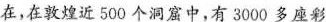
在，在敦煌近500个洞窟中，有3000多座彩